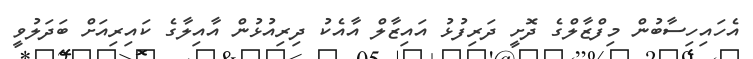
އެހައިހިސާބުން މިފްޒާލްގެ ދޮށީ ދަރިފުޅު އައިޒާލް އާއެކު ދިރިއުޅުން އާއިލާގެ ކައިރިއަށް ބަދަލުވީ